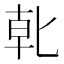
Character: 𭅓